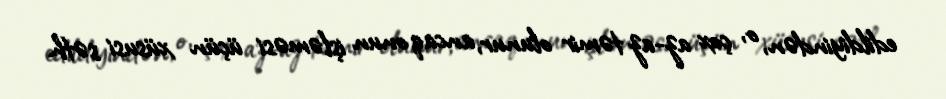
edildiyindən, o, çox az-az təmir olunur, ancaq onun işləməsi üçün xüsusi səth